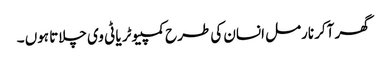
گھر آکر نارمل انسان کی طرح کمپیوٹر یا ٹی وی چلاتا ہوں ۔